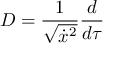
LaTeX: D = \frac 1 { \sqrt { \dot { x } ^ { 2 } } } \frac d { d \tau }